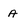
Character: a